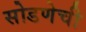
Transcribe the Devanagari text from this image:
सोडणेची